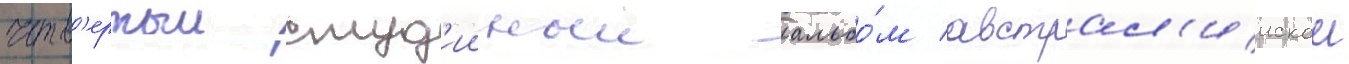
четв'ертыи студ'ииныи альбо́м австрал'иискои